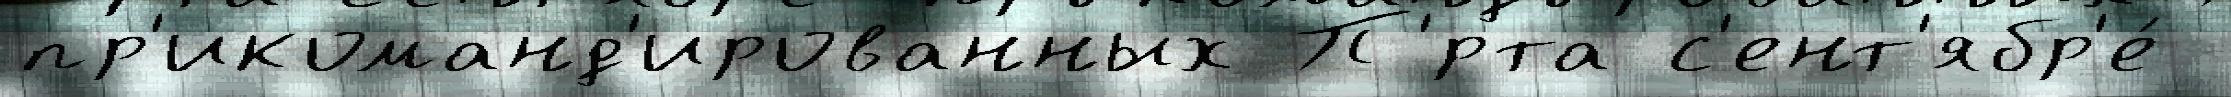
пр'икоманд'ированных П'́рта с'ент'ябр'е́